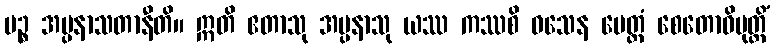
ပဉ္စ အပ္ပနာသတာနီတိ။ ဣတိ ဧတာသု အပ္ပနာသု ယဿ ကဿစိ ဝသေန မေတ္တံ စေတောဝိမုတ္တိံ